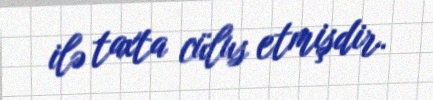
ilə taxta cülus etmişdir.